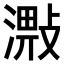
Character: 𣽠